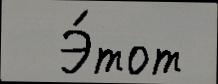
  Э́тот